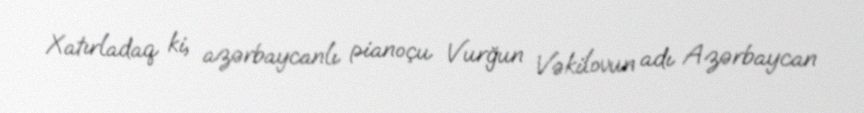
Xatırladaq ki, azərbaycanlı pianoçu Vurğun Vəkilovun adı Azərbaycan